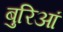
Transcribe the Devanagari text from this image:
बुरिआं